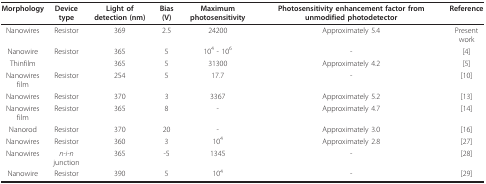
<table><thead><tr><td><b>Morphology</b></td><td><b>Device type</b></td><td><b>Light of detection (nm)</b></td><td><b>Bias (V)</b></td><td><b>Maximum photosensitivity</b></td><td><b>Photosensitivity enhancement factor from unmodified photodetector</b></td><td><b>Reference</b></td></tr></thead><tbody><tr><td>Nanowires</td><td>Resistor</td><td>369</td><td>2.5</td><td>24200</td><td>Approximately 5.4</td><td>Present work</td></tr><tr><td>Nanowire</td><td>Resistor</td><td>365</td><td>5</td><td>10<sup>4 </sup>- 10<sup>6</sup></td><td>-</td><td>[4]</td></tr><tr><td>Thinfilm</td><td></td><td>365</td><td>5</td><td>31300</td><td>Approximately 4.2</td><td>[5]</td></tr><tr><td>Nanowires film</td><td>Resistor</td><td>254</td><td>5</td><td>17.7</td><td>-</td><td>[10]</td></tr><tr><td>Nanowires</td><td>Resistor</td><td>370</td><td>3</td><td>3367</td><td>Approximately 5.2</td><td>[13]</td></tr><tr><td>Nanowires film</td><td>Resistor</td><td>365</td><td>8</td><td>-</td><td>Approximately 4.7</td><td>[14]</td></tr><tr><td>Nanorod</td><td>Resistor</td><td>370</td><td>20</td><td>-</td><td>Approximately 3.0</td><td>[16]</td></tr><tr><td>Nanowires</td><td>Resistor</td><td>360</td><td>3</td><td>10<sup>4</sup></td><td>Approximately 2.8</td><td>[27]</td></tr><tr><td>Nanowires</td><td><i>n-i-n </i>junction</td><td>365</td><td>-5</td><td>1345</td><td>-</td><td>[28]</td></tr><tr><td>Nanowire</td><td>Resistor</td><td>390</td><td>5</td><td>10<sup>4</sup></td><td>-</td><td>[29]</td></tr></tbody></table>